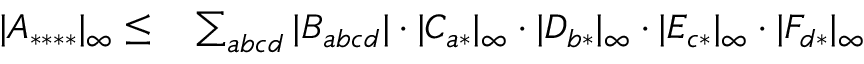
\begin{array} { r l } { | A _ { * * * * } | _ { \infty } \leq } & { { } \sum _ { a b c d } | B _ { a b c d } | \cdot | C _ { a * } | _ { \infty } \cdot | D _ { b * } | _ { \infty } \cdot | E _ { c * } | _ { \infty } \cdot | F _ { d * } | _ { \infty } } \end{array}